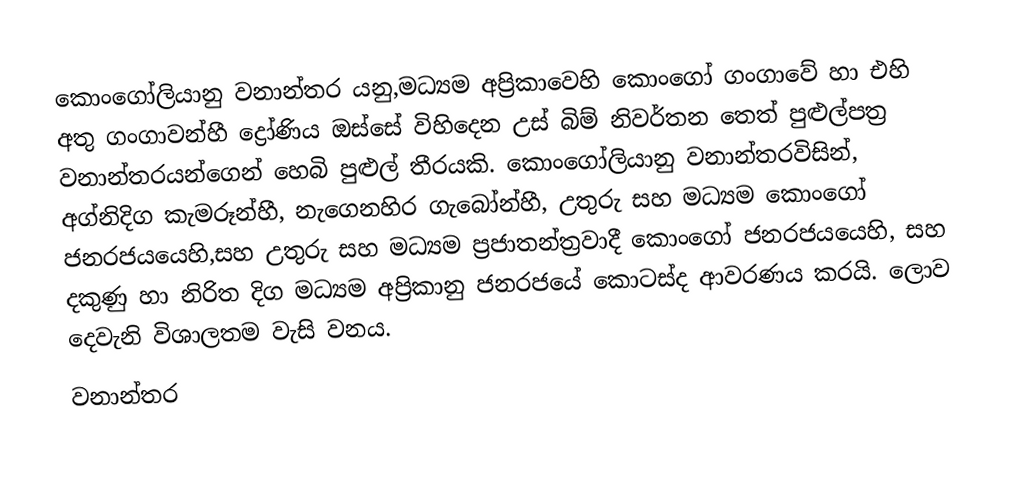
කොංගෝලියානු වනාන්තර යනු,මධ්‍යම අප්‍රිකාවෙහි කොංගෝ ගංගාවේ හා එහි අතු ගංගාවන්හී ද්‍රෝණිය  ඔස්සේ විහිදෙන උස් බිම් නිවර්තන තෙත් පුළුල්පත්‍ර වනාන්තරයන්ගෙන් හෙබි  පුළුල් තීරයකි. කොංගෝලියානු වනාන්තරවිසින්, අග්නිදිග කැමරූන්හී, නැගෙනහිර ගැ‍බෝන්හී, උතුරු සහ මධ්‍යම කොංගෝ ජනරජයයෙහි,සහ උතුරු සහ මධ්‍යම ප්‍රජාතන්ත්‍රවාදී කොංගෝ ජනරජයයෙහි, සහ දකුණු හා නිරිත දිග මධ්‍යම අප්‍රිකානු ජනරජයේ කොටස්ද ආවරණය කරයි. ලොව දෙවැනි විශාලතම වැසි වනය.
වනාන්තර